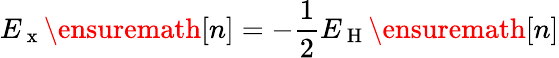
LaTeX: E_{\mathrm{~x~}}\ensuremath{[n]}=-\frac{1}{2}E_{\mathrm{~H~}}\ensuremath{[n]}